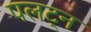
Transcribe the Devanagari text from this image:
पलट्न